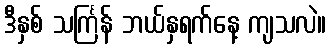
ဒီနှစ် သင်္ကြန် ဘယ်နှရက်နေ့ ကျသလဲ။